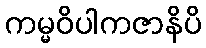
ကမ္မဝိပါကဇာနိပိ